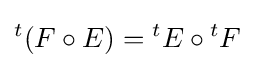
{}^{t}(F\circ E)={}^{t}E\circ {}^{t}F